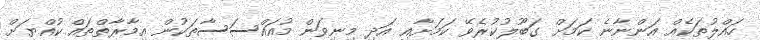
ހައްލުތަކެއް އަންނާނެ ކަމަށް ގަބޫލުކުރެވޭ ކަމަށާއި އަދި މިނިވަން މުއައްސަސާތަކުން އިމާރާތްތައް ކުއްޔަށް